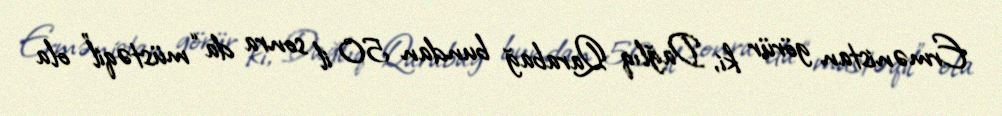
Ermənistan görür ki, Dağlıq Qarabağ bundan 50 il sonra da “müstəqil” ola